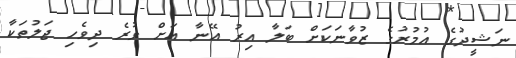
ނަޝީދުގެ އުމުރުގެ ޒުވާނަކަށް ބަލާ އިރު އޭނާ އަށް ވުރެ ދިވެހި ޖަލުތަކާ